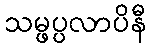
သမ္ဖပ္ပလာပိနီ